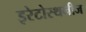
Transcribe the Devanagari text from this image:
इरेटोस्थनीज